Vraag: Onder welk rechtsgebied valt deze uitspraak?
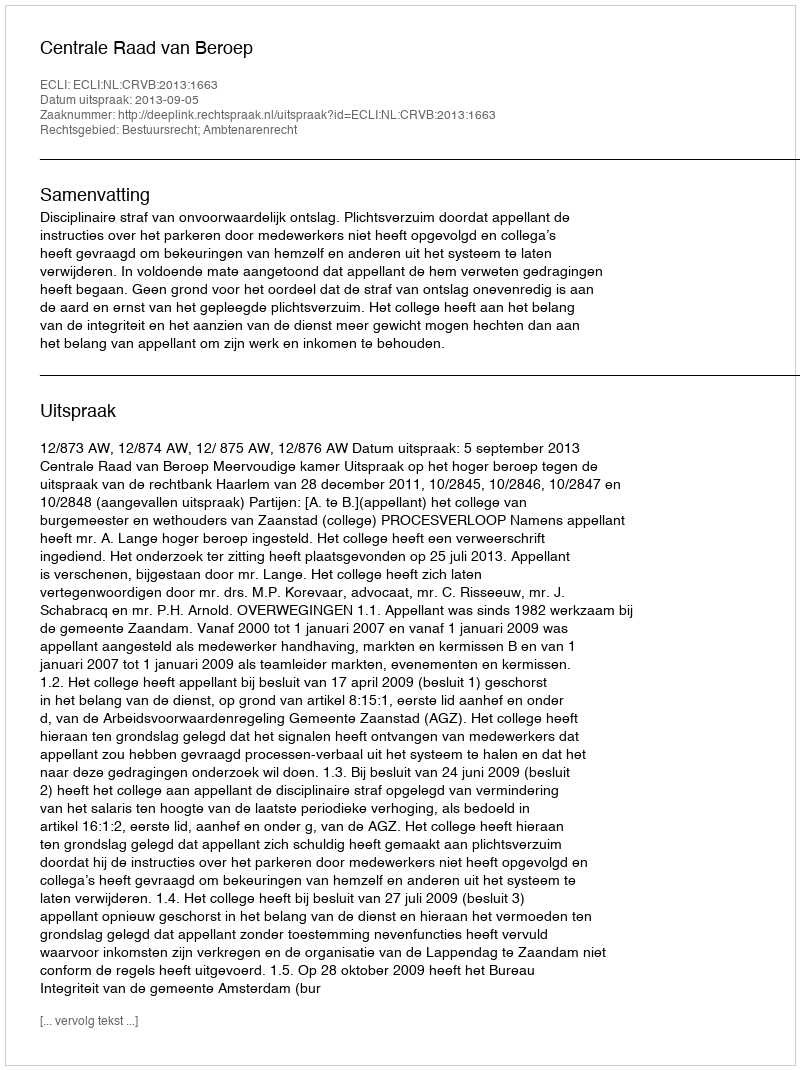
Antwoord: Bestuursrecht; Ambtenarenrecht